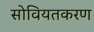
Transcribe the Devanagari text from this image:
सोवियतकरण